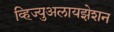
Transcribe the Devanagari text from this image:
व्हिज्युअलायझेशन